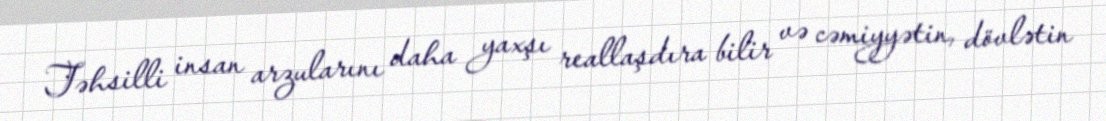
Təhsilli insan arzularını daha yaxşı reallaşdıra bilir və cəmiyyətin, dövlətin